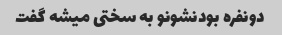
دونفره بودنشونو به سختی میشه گفت